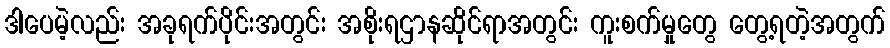
ဒါပေမဲ့လည်း အခုရက်ပိုင်းအတွင်း အစိုးရဌာနဆိုင်ရာအတွင်း ကူးစက်မှုတွေ တွေ့ရတဲ့အတွက်